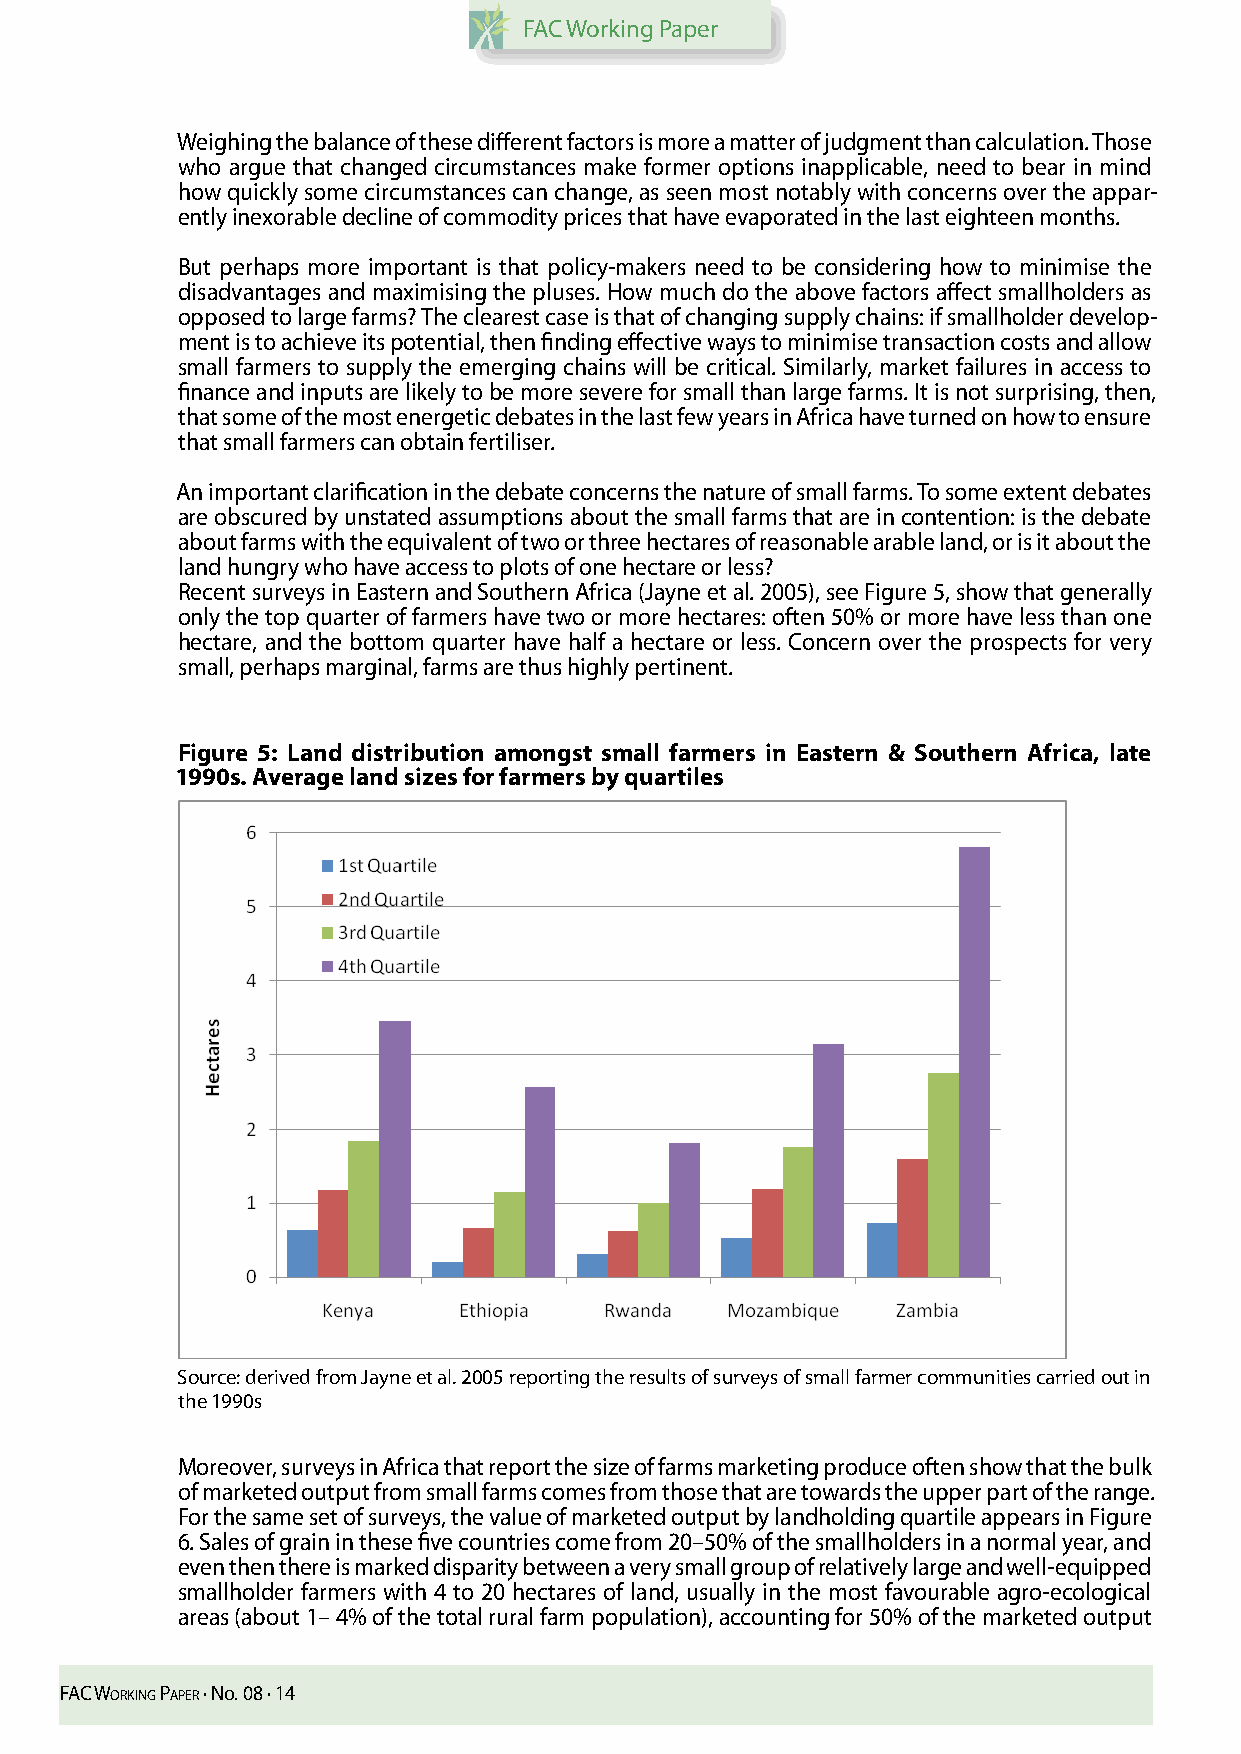
FAC Working Paper
 Weighing the balance of these different factors is more a matter of judgment than calculation. Those
 who argue that changed circumstances make former options inapplicable, need to bear in mind
 how quickly some circumstances can change, as seen most notably with concerns over the appar-
 ently inexorable decline of commodity prices that have evaporated in the last eighteen months.
 But perhaps more important is that policy-makers need to be considering how to minimise the
 disadvantages and maximising the pluses. How much do the above factors affect smallholders as
 opposed to large farms? The clearest case is that of changing supply chains: if smallholder develop-
 ment is to achieve its potential, then finding effective ways to minimise transaction costs and allow
 small farmers to supply the emerging chains will be critical. Similarly, market failures in access to
 finance and inputs are likely to be more severe for small than large farms. It is not surprising, then,
 that some of the most energetic debates in the last few years in Africa have turned on how to ensure
 that small farmers can obtain fertiliser.
 An important clarification in the debate concerns the nature of small farms. To some extent debates
 are obscured by unstated assumptions about the small farms that are in contention: is the debate
 about farms with the equivalent of two or three hectares of reasonable arable land, or is it about the
 land hungry who have access to plots of one hectare or less?
 Recent surveys in Eastern and Southern Africa (Jayne et al. 2005), see Figure 5, show that generally
 only the top quarter of farmers have two or more hectares: often 50% or more have less than one
 hectare, and the bottom quarter have half a hectare or less. Concern over the prospects for very
 small, perhaps marginal, farms are thus highly pertinent.
 Figure 5: Land distribution amongst small farmers in Eastern & Southern Africa, late
 1990s. Average land sizes for farmers by quartiles
 Source: derived from Jayne et al. 2005 reporting the results of surveys of small farmer communities carried out in
 the 1990s
 Moreover, surveys in Africa that report the size of farms marketing produce often show that the bulk
 of marketed output from small farms comes from those that are towards the upper part of the range.
 For the same set of surveys, the value of marketed output by landholding quartile appears in Figure
 6. Sales of grain in these five countries come from 20–50% of the smallholders in a normal year, and
 even then there is marked disparity between a very small group of relatively large and well-equipped
 smallholder farmers with 4 to 20 hectares of land, usually in the most favourable agro-ecological
 areas (about 1– 4% of the total rural farm population), accounting for 50% of the marketed output
 FAC Working PAPer · No. 08 · 14